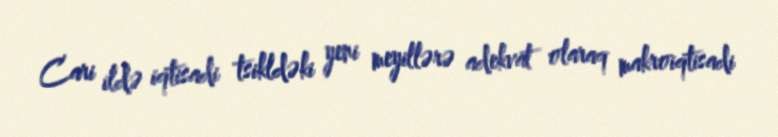
Cari ildə iqtisadi tsikldəki yeni meyillərə adekvat olaraq makroiqtisadi